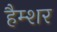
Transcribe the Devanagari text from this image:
हैम्शर